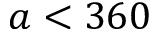
a < 3 6 0